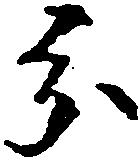
分